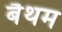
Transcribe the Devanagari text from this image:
बैथम